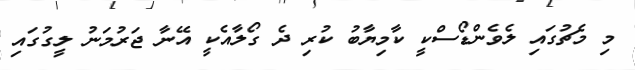
މި މެޗުގައި ލެވެންޑޯސްކީ ކާމިޔާބު ކުރި ދެ ގޯލާއެކީ އޭނާ ޖަރުމަނު ލީގުގައި